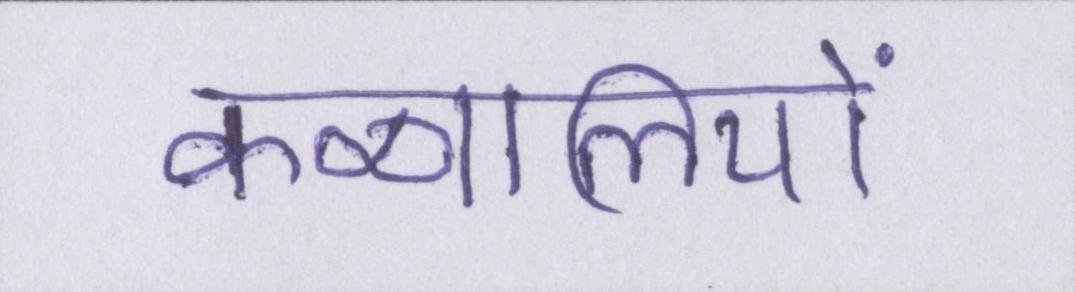
कव्वालियों